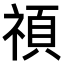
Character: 𥚴